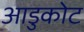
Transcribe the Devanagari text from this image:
आडुकोट